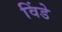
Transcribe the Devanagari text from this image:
विंडे